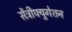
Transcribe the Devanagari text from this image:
सेंट्रीफ्युगेशन